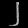
Digit: ၂